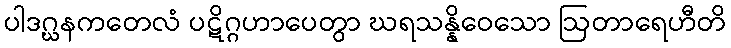
ပါဒဂ္ဃနကတေလံ ပဋိဂ္ဂဟာပေတွာ ဃရသန္နိဝေသော ဩတာရေဟီတိ